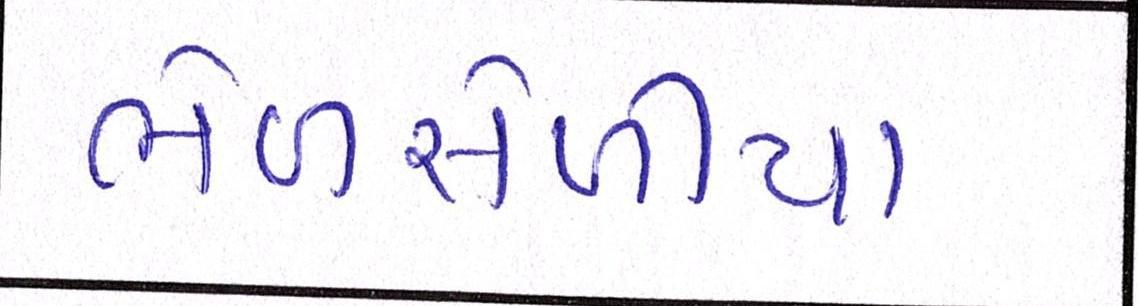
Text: ભેળસેળીયા